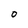
Character: o